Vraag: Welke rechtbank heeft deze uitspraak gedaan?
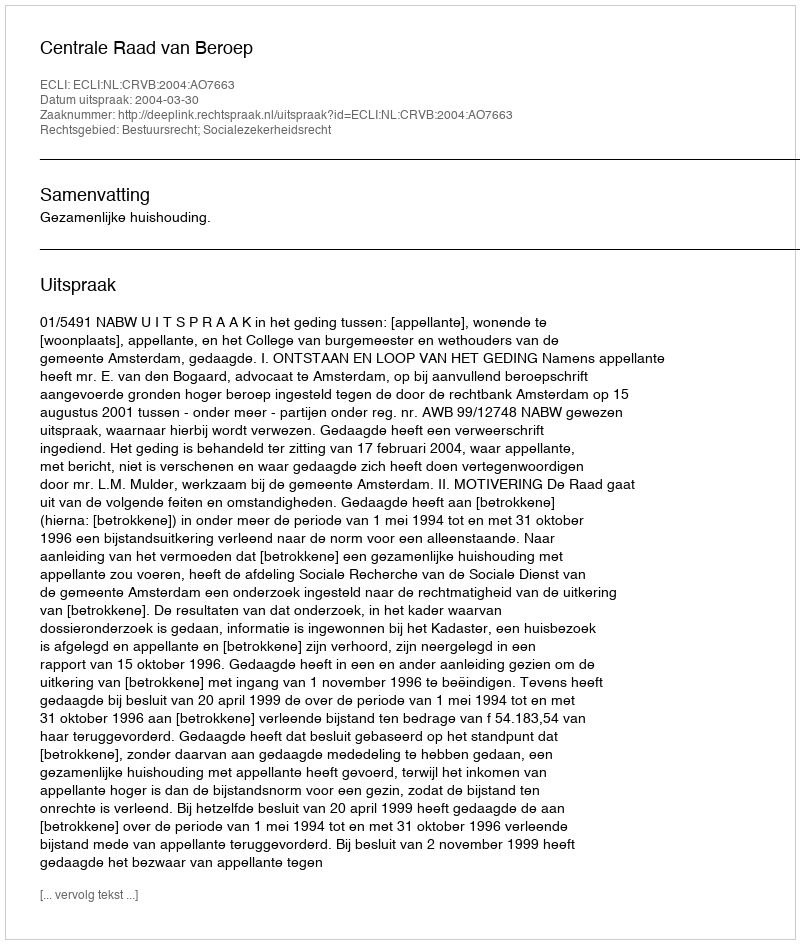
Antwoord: Centrale Raad van Beroep